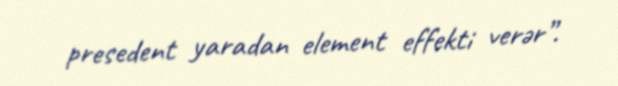
presedent yaradan element effekti verər”.